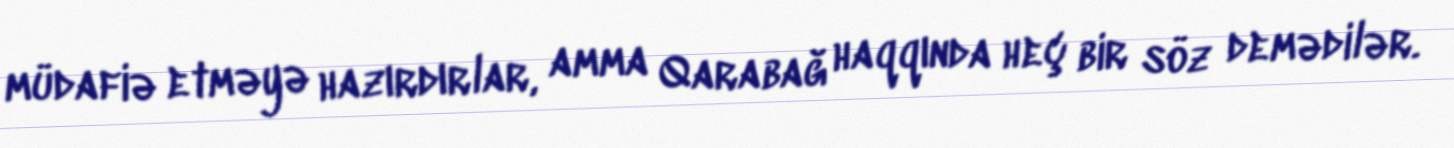
müdafiə etməyə hazırdırlar, amma Qarabağ haqqında heç bir söz demədilər.